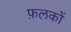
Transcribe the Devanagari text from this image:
फ़लकों